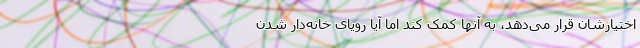
اختیارشان قرار می‌دهد، به آنها کمک کند اما آیا رویای خانه‌دار شدن